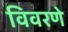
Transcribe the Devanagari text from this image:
विवरणे